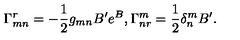
\Gamma _ { m n } ^ { r } = - \frac { 1 } { 2 } g _ { m n } B ^ { \prime } e ^ { B } , \Gamma _ { n r } ^ { m } = \frac { 1 } { 2 } \delta _ { n } ^ { m } B ^ { \prime } .